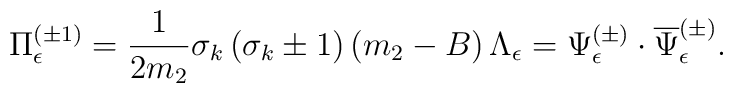
\Pi^{(\pm 1)}_\epsilon=\frac 1{2m_2}\sigma _k\left( \sigma _k\pm1\right) \left( m_2-B\right)\Lambda _\epsilon  =\Psi ^{(\pm)}_\epsilon \cdot \overline{\Psi }^{(\pm )}_\epsilon .